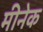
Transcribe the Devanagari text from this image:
मीनेक